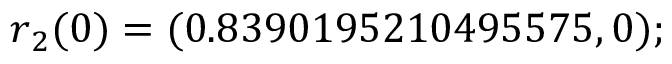
\boldsymbol { r } _ { 2 } ( 0 ) = ( 0 . 8 3 9 0 1 9 5 2 1 0 4 9 5 5 7 5 , 0 ) ;